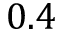
0 . 4